King Institute of Preventive Medicine Micro-Biological Section reports 1909-11
Year: 1909
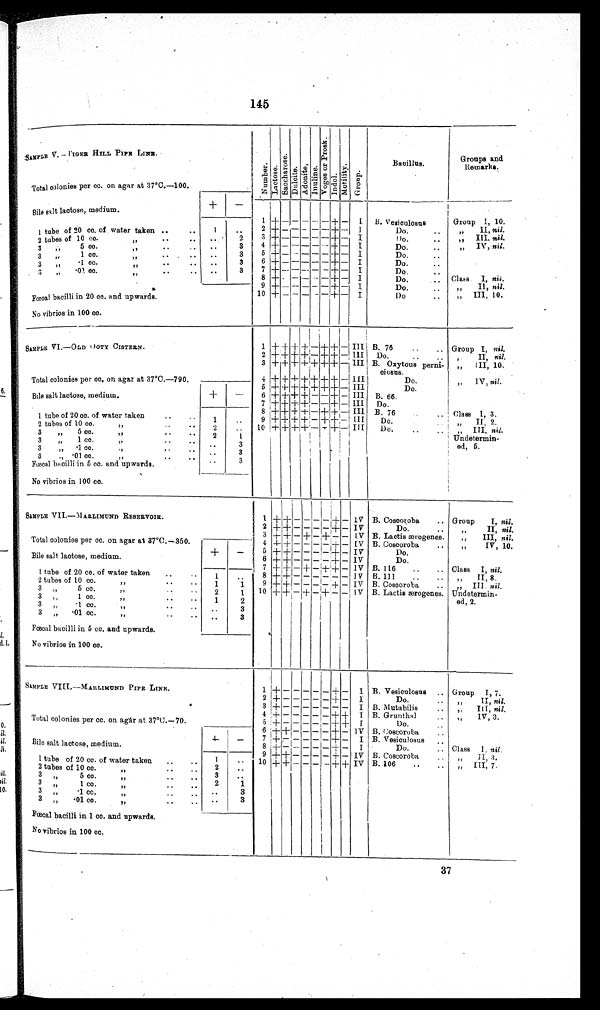
145
SAMPLE V.—TIGER HILL PIPE LINE.
Nu mb e r
La c t os e Sa c c h o r s e
DuloiteAdonite
I n u l i n e
V o g e s a n d p o r e k I
ndol
Mot i vi t yGroupBacillus
Groups and
Remarks.
Total colonies per cc. on agar at 37ºC.—100.
Bile salt lactose,medium.
+ −
1
+
− − − − − + −
I
B. Vesiculosus
Group I, 10.
1 tube of 20 cc. of water taken.
1
2 + − − − − −
+ −
I
Do.
,, II, nil .
2 tubes of 10 cc. ,,
2
3
+ − − − − −
+
−
I
Do.
,, III, nil .
3 ,, 5cc. ,,
3
4 + − − − − −
+
−
I
Do.
,, IV, nil.
3 ,, 1cc. ,,
3
5 + − − − − −
+
−
I
Do.
3 „ ·1cc. ,,
3
6 + − − − − −
+
−
I
Do.
3 , , · 0 1 . c c . , ,
3
7
+
− − − − −
+
−
I
Do.
8 + − − − − −
+
−
I
Do.
Class I, nil.
9
+
− − − − −
+
−
I
Do.
,, II, nil.
Fœcal bacilli in 20 cc. and upwards.
10
+
− − −
− −
+
−
I
Do
,, III, 10.
No vibrios in 100 cc.
SAMPLE VI.—OLD Ooty CISTERN.
1
+ + + +
−
+ +
−
III B. 76
Group I, nil.
2
+ + + +
−
+ +
− III
Do.
,, II, nil.
3 + + +
+ +
+
+
− III B. Oxytous perni
ciosus.
„ III, 10.
Total colonies per cc, on agar at 37°C.—790.
4
+ + + + + + +
− III
Do.
„ IV, nil.
Bile salt lactose, medium.
+
−
5
+ +
+
+ + + +
−
III
Do.
6
+ + + +
− −
+
− III B. 66.
7
+
+
+ +
− −
+
− III
Do.
Class I, 3.
1 tube of 20 cc. of water taken
1
8
+ + + +
−
+ +
−
III
B.76
„ II. 2.
2 tubes of 10 cc.
„
2
9
+ + + +
−
+ +
− III
Do.
„ III, nil.
3 „ 5 c
c „
2
1
10
+ + + +
−
+ +
− III
Do.
Undetermin
ed, 5.
3 „1 cc. ,,
3
3 „ 1 cc. ,,
3
3 ,, ·01 cc. ,,
3
Fœcal bacilli in 5 cc. and upwards.
No vibrios in 100 cc.
SAMPLE VII.—MARLIMUND RESERVOIR.
1 + +
− − −
−
+
− IV B. Coscoroba
Group I, nil.
2
+
+
− − − −
+
− IV
Do.
,, II nil.
3
+ +
− − −
+
− −
IV B. Lactis ærogenes.
„ III nil.
Total colonies per cc. on agar at 37°C.—350.
4
+ +
−
+
− −
+
− IV B. Coscoroba.
„ IV, 10.
Bile salt lactose, medium.
+ −
5
+ +
− − − −
+
−
IV
Do.
6
+ +
− − − −
+
− IV
Do.
1 tube of 20 cc. of water taken
1
7
+ +
− − −
+
+
− IV B.116
Class I, nil.
2 tubes of 10 cc. ,,
1
1
8
+ +
−
+
− − − −
IV B. 111.
,, II, 8.
3 „ 5 cc. „
2
1
9
+
+
− − − −
+
− IV B. Coscoroba
,, III nil.
3 „ 1 cc. ,,
1
2
10
+ +
− − −
+ − − IV B. Lactis ærogenes. Undetermin
ed, 2.
3 „ ·1cc.
„
3
3 „ ·01cc. „
3
Fœcal bacilli in 5 cc. and upwards.
No vibrios in 100 cc.
SAMPLE VIII.—MARLIMUND PIPE LINE.
1
+
− − − − −
+ −
I B. Vesiculosus. Group I,7.
2
+
− − − − −
+ −
I
Do.
„ II, nil.
3 + − − − − −
− −
I B. Mutabilis
,, III, nil.
Total colonies per cc. on agar at 37°C.—70.
4
+ − − − − −
+
+ I B. Grunthal
„ IV, 3.
5
+
− − − − −
+
+ I
Do.
,,
6
+
+
− − − −
+ −
IV
B.Coscoroba.
Bile salt lactose, medium.
+
−
7
+
− − − − −
+ −
I
B. Vesiculosus
8
+
− − − − −
+
−
I
Do.
Class I, nil .
9
+
+
− − − −
+
−
IV B. Coscoroba
,, II, 3.
1 tube of 20 cc. of water taken.
1
10
+
+
- − − −
+
+ IV B. 106
,, III, 7.
2 tubes of 10 cc. ,,
2
3 „ 5 cc.
„
3
3 ,,1 cc. ,,
2 1
3 ,,·1 cc. „
3
3 ,,·01 cc. ,,
3
Fœcal bacilli in 1 cc. and upwards.
No vibrios in 100 cc.
37